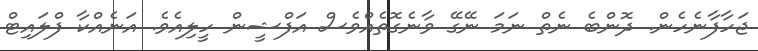
ޖަހާފާނެހެން. ދޮންބެ ނެތް ނަމަ ނޭގޭ ވާނެގޮތެއްވެސް އަފްޝީން ހީލިއެވެ. އަނެއްކާ ފްލައިޓް